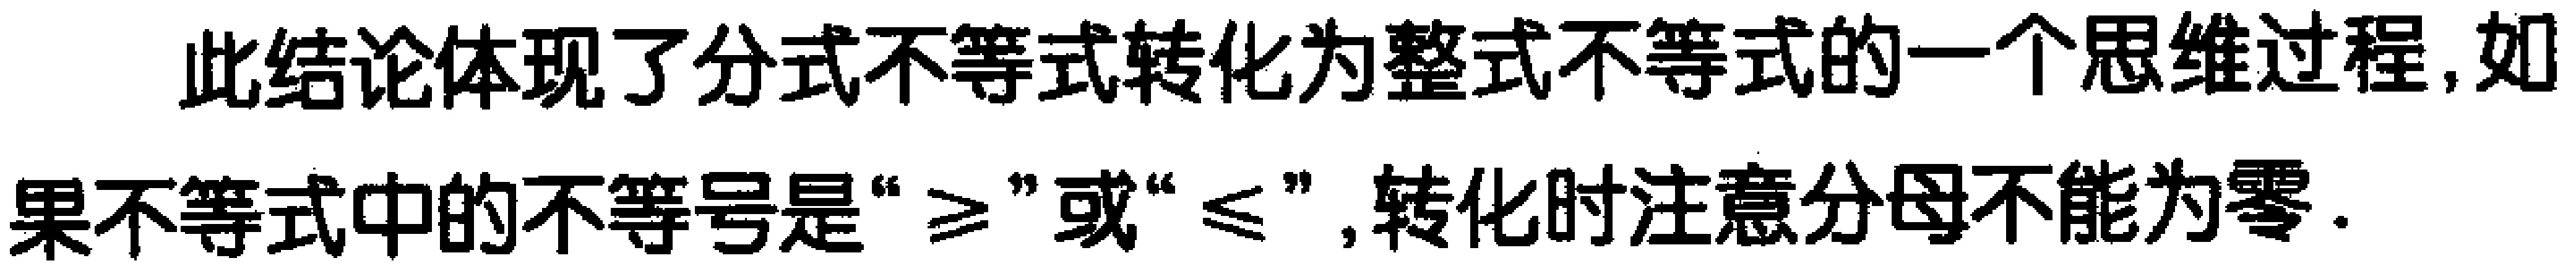
此结论体现了分式不等式转化为整式不等式的一个思维过程,如果不等式中的不等号是“$\geq$”或“$\leq$”,转化时注意分母不能为零.